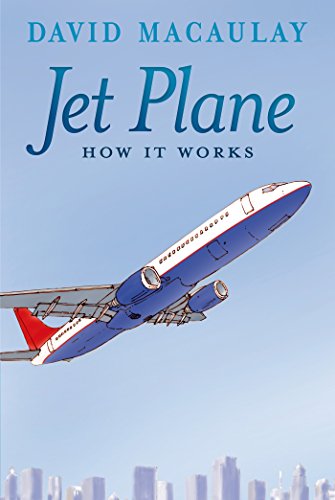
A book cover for Jet Plane: How It Works; David Macaulay; Children's Books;